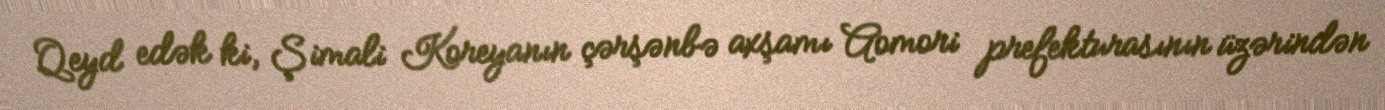
Qeyd edək ki, Şimali Koreyanın çərşənbə axşamı Aomori prefekturasının üzərindən